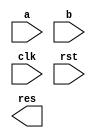
// ECE 5367
// Author(s): Nicholas Archibong, Rakshak Talwar
/*
	Description: Parallel computing code that allows for the calculation of arbitrarily sized matrix
*/


module testArbParallel(a, b, clk, rst, res);

	/*
	* ** Constraint! Calculations must be done beforehand
	* # of Rows and Cols for matrix a and b
	* defualted to 2... user gets to change the selection
	*/
	parameter aRow = 2;
	parameter aCol = 2;
	parameter bRow = 2;
	parameter bCol = 2;
	
	/*
	* ** Constraint! Calculations must be done beforehand
	* defaulted to 32... user gets to change selection
	* length is calculated as (rows X cols) * 8bits
	*/
	parameter matrixALen = 32;
	parameter matrixBLen = 32;
	parameter matrixRLen = 32;
	
	input clk, rst;
	
	/*
	* Determine the length of each matrix...
	* signed because maximum int is 32...
	*/
	input signed [matrixALen - 1: 0] a;
	input signed [matrixBLen - 1: 0] b;
	
	output reg signed [matrixRLen - 1: 0] res;
	
	/*
	* firstbound -> used to split matrix A in half...
	* finish(n) -> determine when (n)th/nd always@ finishes
	*/
	integer firstBound;
	reg finish1, finish2;
	
	/*
	* state(n) -> moves around the (n)th/nd always@
	* a1, b1, res1, defined as matrices...by creating indices
	*/
	reg[1:0] state1_1, state2_1;
	reg[7:0] a1[0:aRow-1][0:aCol-1];
	reg[7:0] b1[0:bRow-1][0:bCol-1];
	reg[7:0] res1[0:aRow-1][0:bCol-1];
	
	parameter s0 = 0, sDone = 1;
	
	// counters to set the matrices to 0...
	integer rSet, cSet;
	
	/*
	* i(n), j(n), k(n) move through the indices in their...
	*	respective always@ states
	*/
	integer i1, j1, k1;
	integer i2, j2, k2;
	
	/*
	* numElemA -> # of elements in matrix A
	* numElemB -> # of elements in matrix B
	* chunkACtr -> used to decrement through elements in matrix A
	* chunkBCtr -> used to decrement through elements in matrix B
	*/
	integer numElemA;
	integer numElemB;
	
	integer chunkACtr;
	integer chunkBCtr;
	
	/*
		initial block to initialize our matrix and control variables
	*/
	initial begin
		i1 <= 0; j1 <= 0; k1 <= 0;
		state1_1 <= 0;
		state2_1 <= 0;
		
		numElemA <= matrixALen/8;
		numElemB <= matrixBLen/8;
	
		firstBound = aRow / 2; // calculate where to split the matrix
		
		// load values with 0s
        for(rSet=0; rSet < aRow; rSet=rSet+1)
            for(cSet=0; cSet < aCol; cSet=cSet+1)
				a1[rSet][cSet] = 0;
		
		for(rSet=0; rSet < bRow; rSet=rSet+1)
            for(cSet=0; cSet < bCol; cSet=cSet+1)
				b1[rSet][cSet] = 0;
				
		for(rSet=0; rSet < aRow; rSet=rSet+1)
            for(cSet=0; cSet < bCol; cSet=cSet+1)
				res1[rSet][cSet] = 0;
				
		// i2 must start at the other half of matrix A
		i2 <= firstBound; j2 <= 0; k2 <= 0;
				
		
	end
	
	// always block used to monitor the rst signal for loading...
	always@(posedge clk) begin
		if(!rst) begin
			$display("Loading in data...\n");
						
			chunkACtr = numElemA - 1; // updates the chunk with the previous values
			// start loading of data...
			for(rSet=0; rSet < aRow; rSet=rSet+1) begin
				for(cSet=0; cSet < aCol; cSet=cSet+1) begin
					a1[rSet][cSet] = a[8*chunkACtr +: 8];
					chunkACtr = chunkACtr - 1;
					end
			end
			
			chunkBCtr = numElemB - 1;
			for(rSet=0; rSet < bRow; rSet=rSet+1) begin
				for(cSet=0; cSet < bCol; cSet=cSet+1) begin
					b1[rSet][cSet] = b[8*chunkBCtr +: 8];
					chunkBCtr = chunkBCtr - 1;
					end
			end
			
		end
	end
	
	// computation for one half of matrix A...
	always@(posedge clk) begin
		
		// warn the user if the matrices are incompatible for multiplication
		if(aCol != bRow) begin
			$display("Columns in A != Rows in B!");
		end
		
		else begin
			
			case(state1_1)
				s0: begin
					if(i1 < firstBound) begin
						if(j1 < bCol) begin
							if(k1 < aCol) begin
								res1[i1][j1] <= res1[i1][j1] + (a1[i1][k1] * b1[k1][j1]);
								k1 <= k1 + 1;
							end // end for if(k1 < aCol)
											
							else begin
								j1 <= j1 + 1;
								k1 <= 0;
							end // end for else(k1 < aCol)
						end // end for if(j1 < bCol)
								
						else begin
							state1_1 <= s0;
							i1 <= i1 + 1;
							j1 <= 0;
						end // end for else(j1 < bCol)
						
					end // end for (i1 < firstBound)
					
					else begin
						state1_1 <= sDone;
						finish1 <= 1;
					end // end for else (i1 < firstBound)
					
				end // end for s0 of state1_1
				
				sDone: begin
					// stay in this state...
				end
			
			endcase // endcase for state1_1
			
		end
		
	end
	
	// second always for computation of the other half
	always@(posedge clk) begin

		if(aCol != bRow) begin
			$display("Columns in A != Rows in B!");
		end
		
		else begin
			
			case(state2_1)
				s0: begin
					if(i2 < aRow) begin
						if(j2 < bCol) begin
							if(k2 < aCol) begin
								res1[i2][j2] <= res1[i2][j2] + (a1[i2][k2] * b1[k2][j2]);
								k2 <= k2 + 1;
							end // end for if(k2 < aCol)
							else begin
								j2 <= j2 + 1;
								k2 <= 0;
							end // end for else(k2 < aCol)
						end // end for if(j2 < bCol)
						else begin
							state2_1 <= s0;
							i2 <= i2 + 1;
							j2 <= 0;
						end // end for else(j2 < bCol)
					end // end for (i2 < aRow)
					
					else begin
						state2_1 <= sDone;
						finish2 <= 1;
					end // end for else (i2 < aRow)
					
				end // end for s0 of state2_1
				
				sDone: begin
					// do nothing...
				end
			
			endcase // endcase for state2_1
			
		end
	
	end
	
	
endmodule